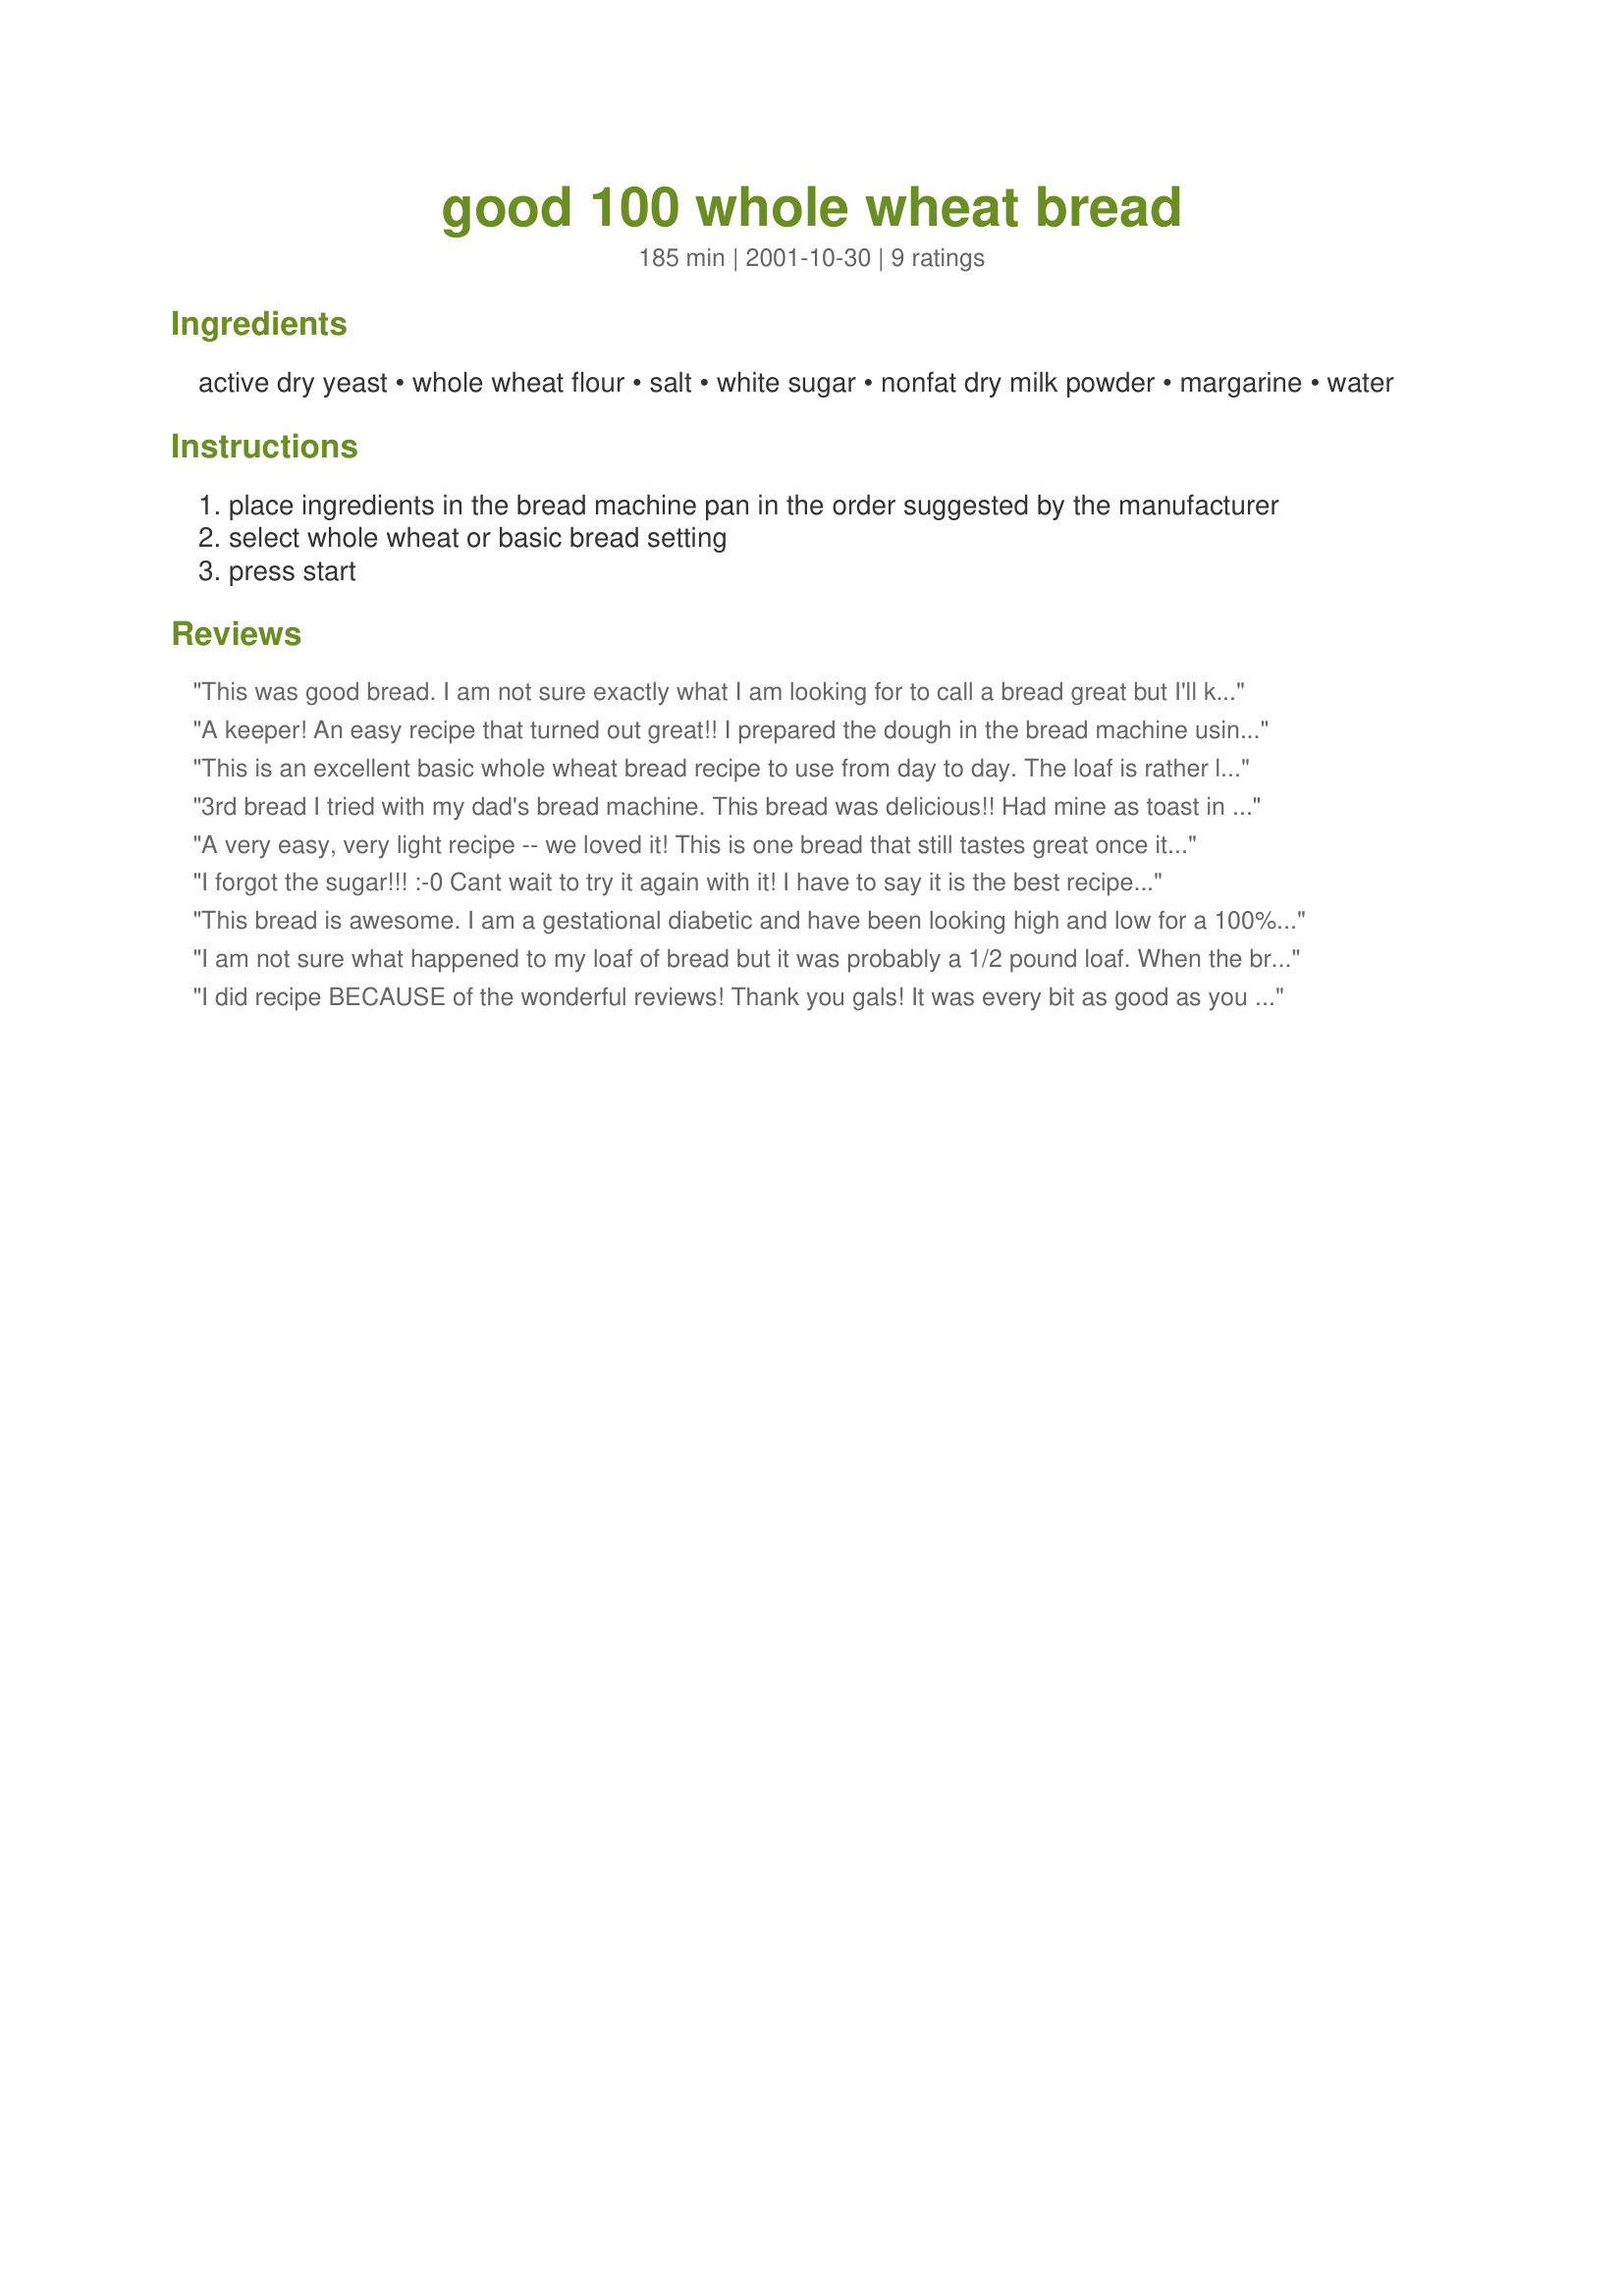
good 100 whole wheat bread
Preparation time: 185 minutes

Ingredients:
active dry yeast, whole wheat flour, salt, white sugar, nonfat dry milk powder, margarine, water

Steps:
place ingredients in the bread machine pan in the order suggested by the manufacturer
select whole wheat or basic bread setting
press start

Reviews:
This was good bread. I am not sure exactly what I am looking for to call a bread great but I'll know it when I find it. I love that its all whole wheat flour. I would like to try it again using the dry milk , I didn't use it this time because i didn't have any.
A keeper! An easy recipe that turned out great!! I prepared the dough in the bread machine using the 'Wheat' setting, and baked it in the oven at 385 F for about 22 minutes. I used a loaf pan that is slightly longer than average, and got 18 slices out of it. The bread was crisp on the outside, and tender inside, and sliced nicely. (I always wait for the bread to cool completely before slicing.) Thanks for sharing this fabulous recipe!
This is an excellent basic whole wheat bread recipe to use from day to day. The loaf is rather large so I have the bread machine make the dough, then I split it in two and then raise in two regular size loaf pans. I bake at 375 degrees until done.
3rd bread I tried with my dad's bread machine. This bread was delicious!! Had mine as toast in the morning but can't wait to try it fresh for a sandwich!! Thanks! :)
A very easy, very light recipe -- we loved it! This is one bread that still tastes great once it's cooled and a day old (beyond that I don't know; we have six people in our family so nothing I make lasts much longer than that). I didn't use a bread machine, though, and it took me three tries to get it right: The first time I accidently knocked the pan while I was moving it during the second rising, so it deflated pitifully and ended up pretty dense, and the second time I only cooked it for a little over twenty minutes and it still had some dough in the center, then finally (yay!) I got it right at 375 degrees for about half an hour.
I forgot the sugar!!! :-0 Cant wait to try it again with it! I have to say it is the best recipe I have tried using whole wheat. It was moist and light. Unfortunately, it kinda caved in a little I guess this is because I forgot the sugar! Duh!
This bread is awesome. I am a gestational diabetic and have been looking high and low for a 100% whole wheat - EASY to make - bread machine recipe and this one was perfect (and I HATE whole wheat bread). I tried it last night and it came out just awesome - probably the best whole wheat bread I've ever tasted. It's so much better than store bought - plus I know exactly what's in it. And unlike all the other "whole wheat" recipes I find, this one doesn't call for ANY white flour. I ate 3 big slices last night when it finished, 3 at lunch today and then used it for a turkey sandwhich at dinner tonight. It holds up well, is easy to cook (I'm a newbie cook!!), smells heavenly and tastes great - not too dense, not too dry. I used Country Crock butter instead of margerine and only 1 tablespoon of sugar and it still turned out fine. This is a definate keeper.
I am not sure what happened to my loaf of bread but it was probably a 1/2 pound loaf. When the bread machine was kneading I had a sticky ball of dough but in the bottom of the pan was still some dough that was a little runny. I used the whole wheat setting and will try again using the basic setting. Even with my mistake somewhere the bread was very good. It had a nice crispy crust and was soft and tender inside. Loved the flavor, so much better than store bought. This bread would be great with a bowl of soup or stew and sandwiches. Thank you LikeItLoveIt for posting this recipe.
I did recipe BECAUSE of the wonderful reviews! Thank you gals! It was every bit as good as you all said it was! Thank you for sharing this fabulous recipe! xo LA :-)
